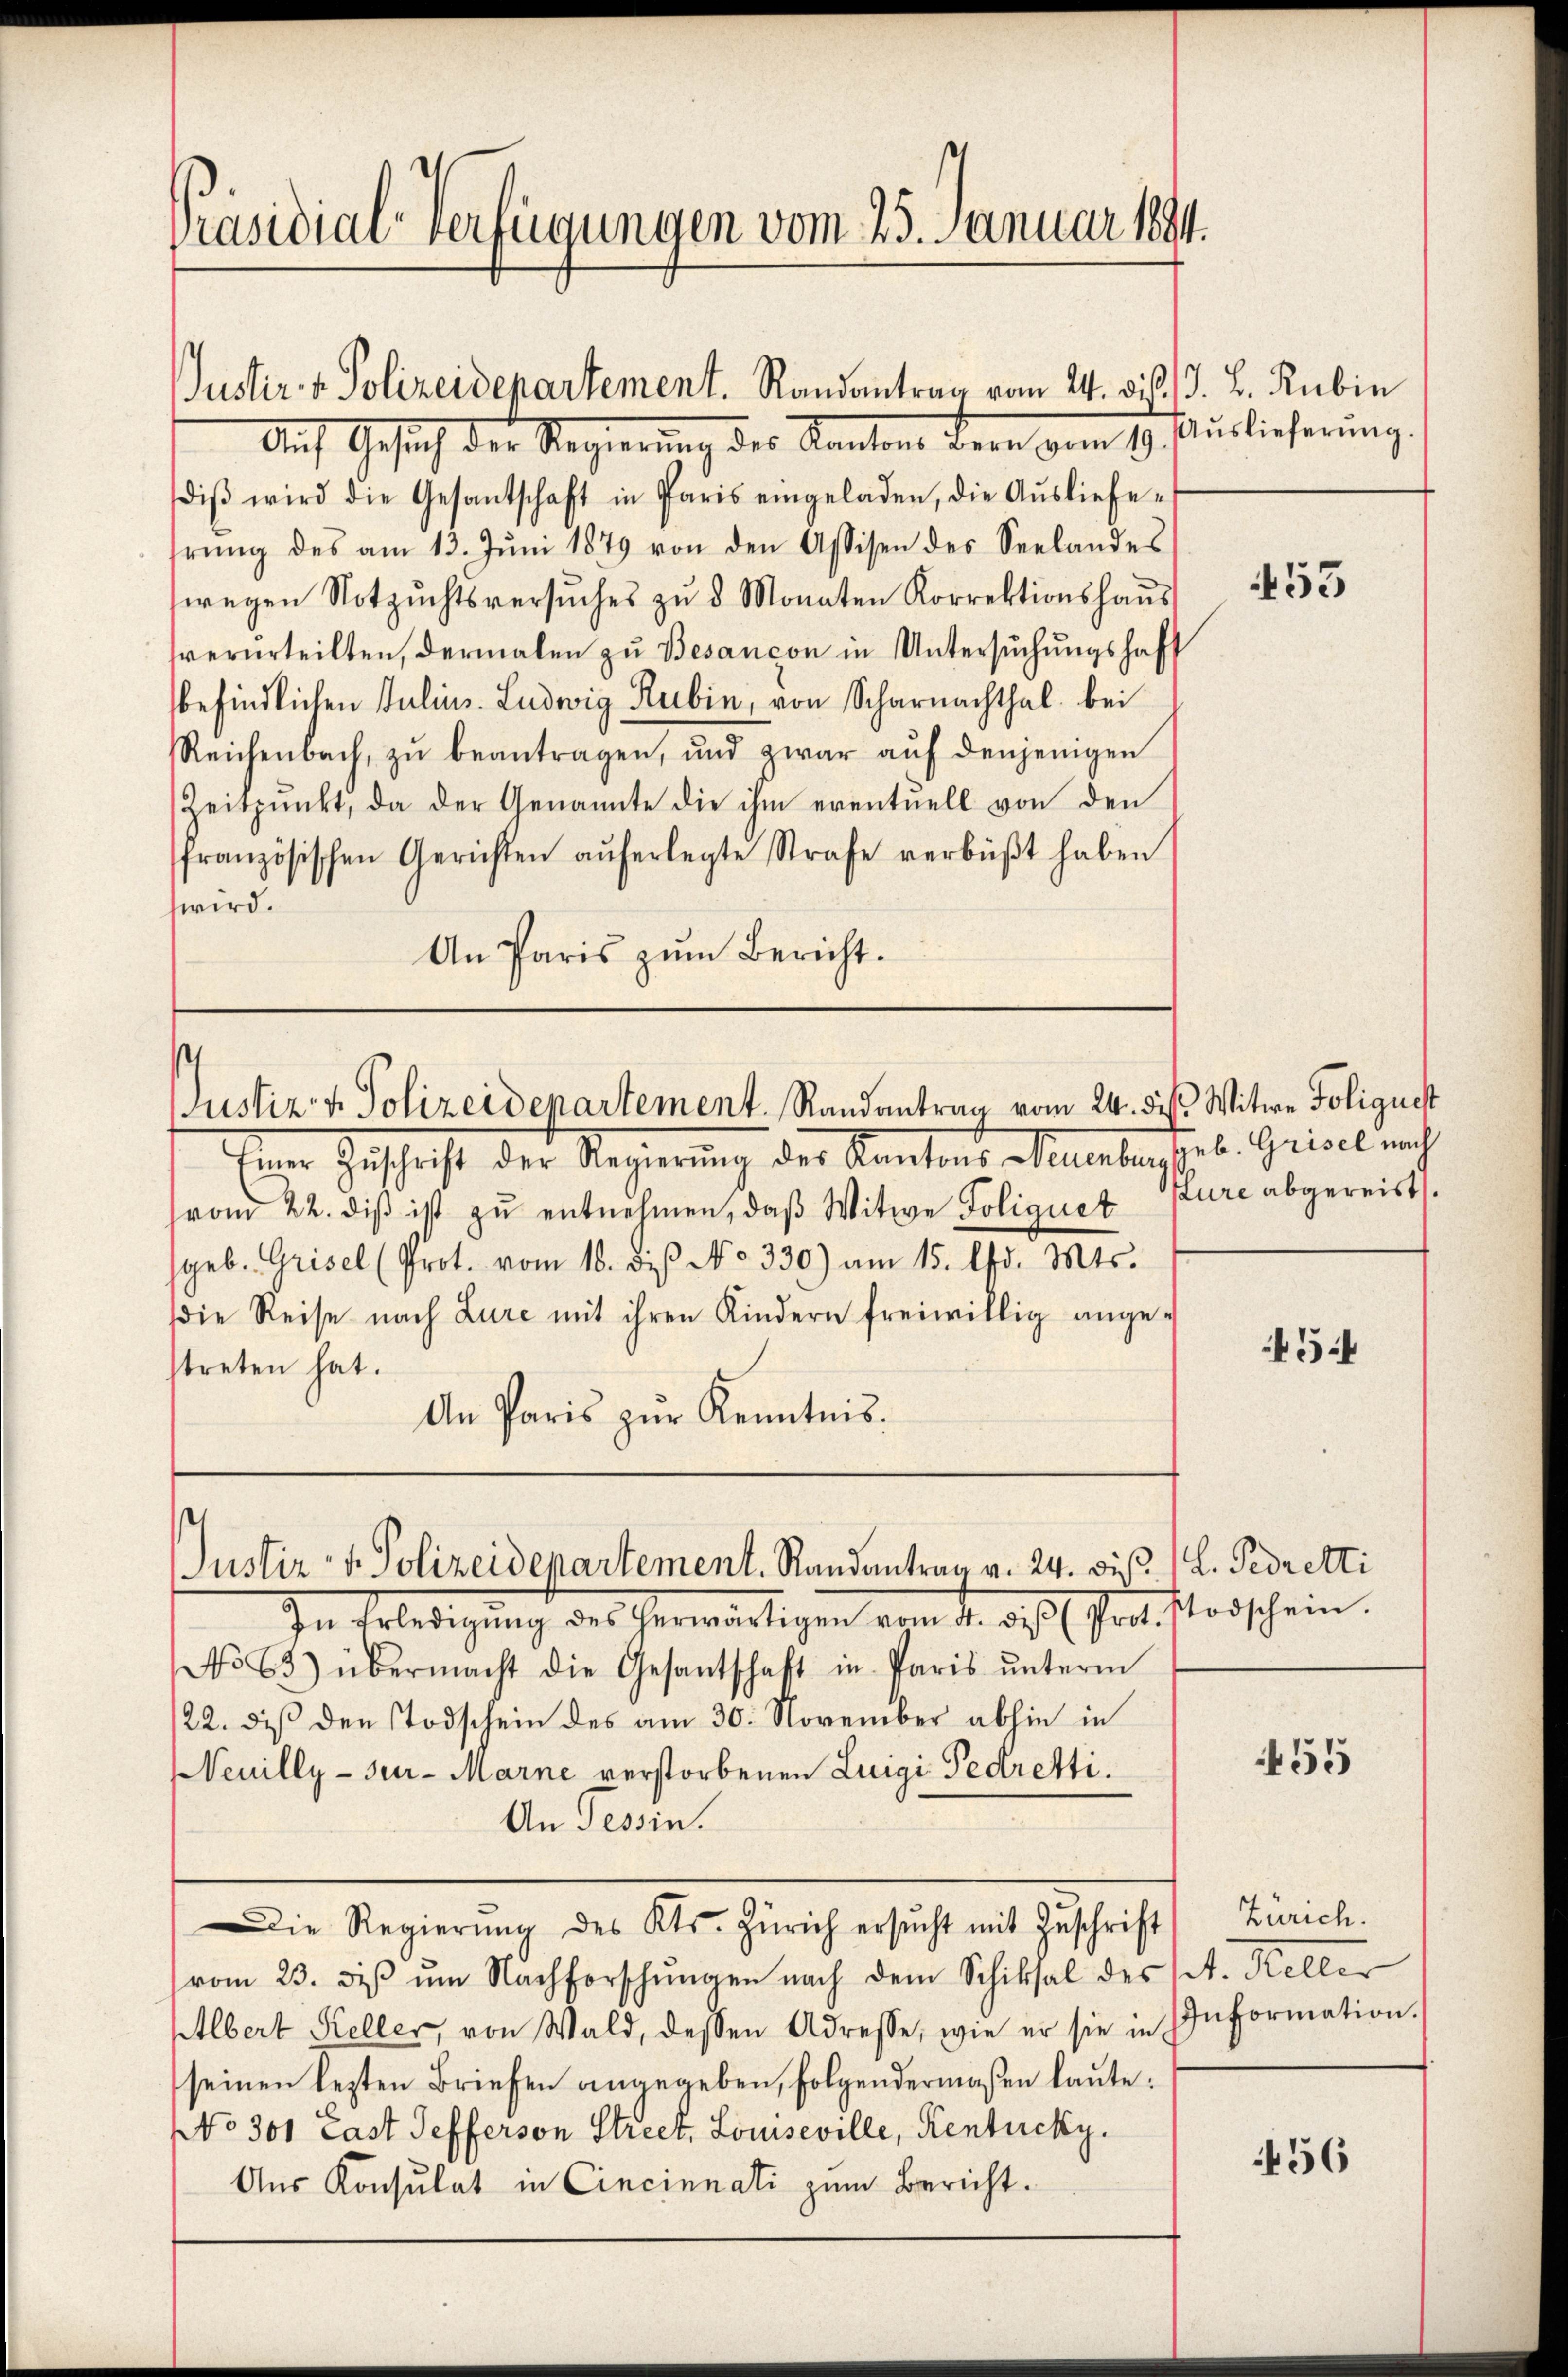
Präsidial-Verfügungen vom 25. Januar 1894.

Auf Gesuch der Regierung des Kantons Bern vom 19. Auslieferung.
diβ wird die Gesantschaft in Paris eingeladen, die Aŭsliefe-
hrŭng des am 13. Jŭni 1879 von den Assisen des Seelandes
wegen Notzŭchtsversuches zŭ 5 Monaten Korrektionshaŭs
verurteilten, dermalen zu Besancon in Untersŭchŭngshaft
befindlichen Julius. Ludwig Rubin, von Scharnachthal bei
Reichenbach, zŭ beantragen, und zwar aŭf denjenigen
Zeitpunkt, da der Genannte die ihm eventuell von den
französischen Gerichten aŭferlegte Strafe verbüßt haben
wird.
An Paris zum Bericht.

Justiz- & Polizeidepartement. Randantrag vom 24. d. J. L. Rubin

s
JJustiz- & Polizeidepartement. Randantrag vom 24. des Witwe Folignet

Eine Geschrift der Regierung der Kantons Mantasches Gries nach
vom 22. diβ ist zŭ entnehmen, daβ Witwe Foliquet Eure abgereist.
geb. Grisel (Prot. vom 18. des No. 330) am 15. d. Mts.
ie Reise nach Lure mit ihren Kindern freiwillig ange-
streten hat.
An Paris zŭr Kenntnis.

Justiz- u. Polizeidepartement. Randantrag v. 24. bis. (L. Pedretti

In Erledigŭng des herwärtigen vom 4. des (Prot. Stodschein.
No 63) übermacht die Gesantschaft in Paris ŭnterm
22. daß den Todschein des am 30. November abhin in
NNeuilly-Sur-Marne verstorbenen Luigi Pedretti.
An Tessin.
Die Regierŭng des Kts. Zürich ersŭcht mit Zŭschrift Zürich.
vom 23. des um Nachforschungen nach dem Schiksal des St. Keller
Albert Keller, von Wald, dessen Adresse, wie er sie in Information.
seinen lezten Briefen angegeben, folgendermaßen laute.
No 301 Last Sefferson Street, Louiseville, Kentucky.
Aus Konsulat in Cincinnati zum Bericht.

53

5

455

456